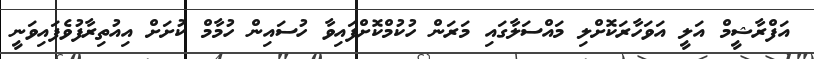
އަފްރާޝީމް އަލީ އަވަހާރަކޮށްލި މައްސަލާގައި މަރަން ހުކުމްކޮށްފައިވާ ހުސައިން ހުމާމް ކުށަށް އިއުތިރާފުވެފައިވަނީ